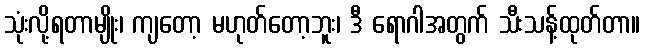
သုံးလို့ရတာမျိုး၊ ကျတော့ မဟုတ်တော့ဘူး၊ ဒီ ရောဂါအတွက် သီးသန့်ထုတ်တာ။